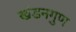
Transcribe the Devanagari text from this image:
खंडनगुण